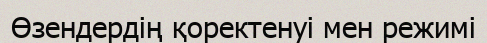
Өзендердің қоректенуі мен режимі